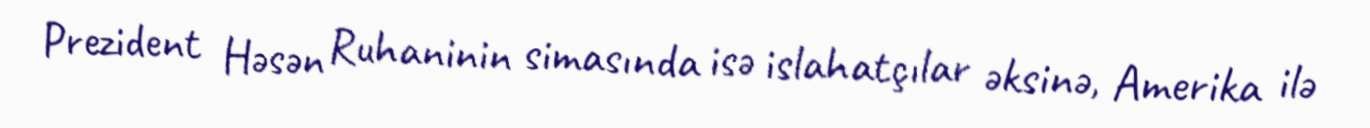
Prezident Həsən Ruhaninin simasında isə islahatçılar əksinə, Amerika ilə